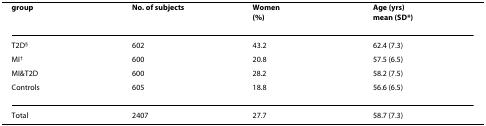
| group | No. of subjects | Women(%) | Age (yrs)mean (SD*) |
 | --- | --- | --- | --- |
 | T2D§ | 602 | 43.2 | 62.4 (7.3) |
 | MI† | 600 | 20.8 | 57.5 (6.5) |
 | MI&T2D | 600 | 28.2 | 58.2 (7.5) |
 | Controls | 605 | 18.8 | 56.6 (6.5) |
 | Total | 2407 | 27.7 | 58.7 (7.3) |